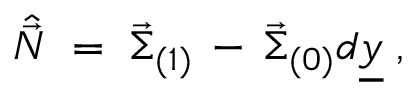
\hat { \vec { \cal N } } \; = \; \vec { \Sigma } _ { ( 1 ) } \, - \, \vec { \Sigma } _ { ( 0 ) } d \underline { { { y } } } \; ,